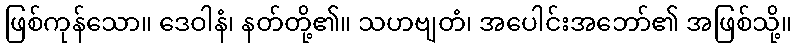
ဖြစ်ကုန်သော။ ဒေဝါနံ၊ နတ်တို့၏။ သဟဗျတံ၊ အပေါင်းအဘော်၏ အဖြစ်သို့။